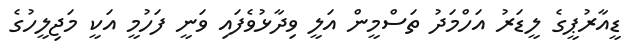
ޑީއާރުޕީގެ ލީޑަރު އަހްމަދު ތަސްމީން އަލީ ވިދާޅުވެފައި ވަނީ ފަހުމީ އަކީ މަޖިލީހުގެ